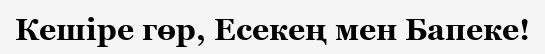
Кешіре гөр, Есекең мен Бапеке!